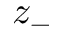
z _ { - }